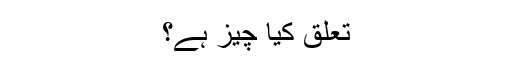
تعلق کیا چیز ہے؟